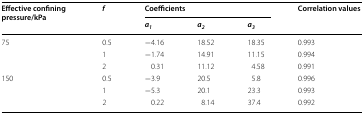
<table><thead><tr><td rowspan="2"><b>Effective confining pressure/kPa</b></td><td rowspan="2"><b><i>f</i></b></td><td colspan="3"><b>Coefficients</b></td><td rowspan="2"><b>Correlation values</b></td></tr><tr><td><b><i>a</i><sub><i>1</i></sub></b></td><td><b><i>a</i><sub><i>2</i></sub></b></td><td><b><i>a</i><sub><i>3</i></sub></b></td></tr></thead><tbody><tr><td rowspan="3">75</td><td>0.5</td><td>−4.16</td><td>18.52</td><td>18.35</td><td>0.993</td></tr><tr><td>1</td><td>−1.74</td><td>14.91</td><td>11.15</td><td>0.994</td></tr><tr><td>2</td><td>0.31</td><td>11.12</td><td>4.58</td><td>0.991</td></tr><tr><td rowspan="3">150</td><td>0.5</td><td>−3.9</td><td>20.5</td><td>5.8</td><td>0.996</td></tr><tr><td>1</td><td>−5.3</td><td>20.1</td><td>23.3</td><td>0.993</td></tr><tr><td>2</td><td>0.22</td><td>8.14</td><td>37.4</td><td>0.992</td></tr></tbody></table>